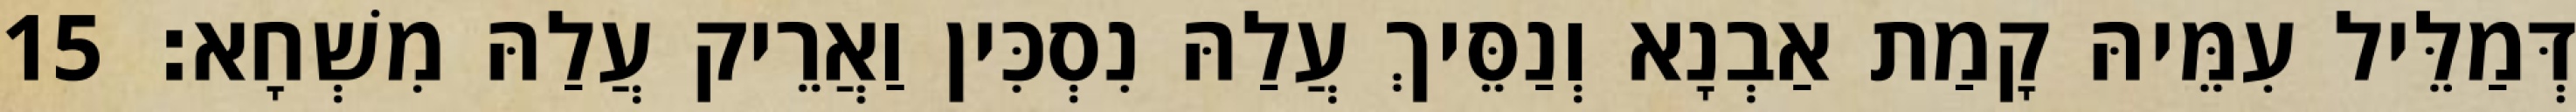
דְּמַלֵּיל עִמֵּיהּ קָמַת אַבְנָא וְנַסֵּיךְ עֲלַהּ נִסְכִּין וַאֲרֵיק עֲלַהּ מִשְׁחָא׃ 15